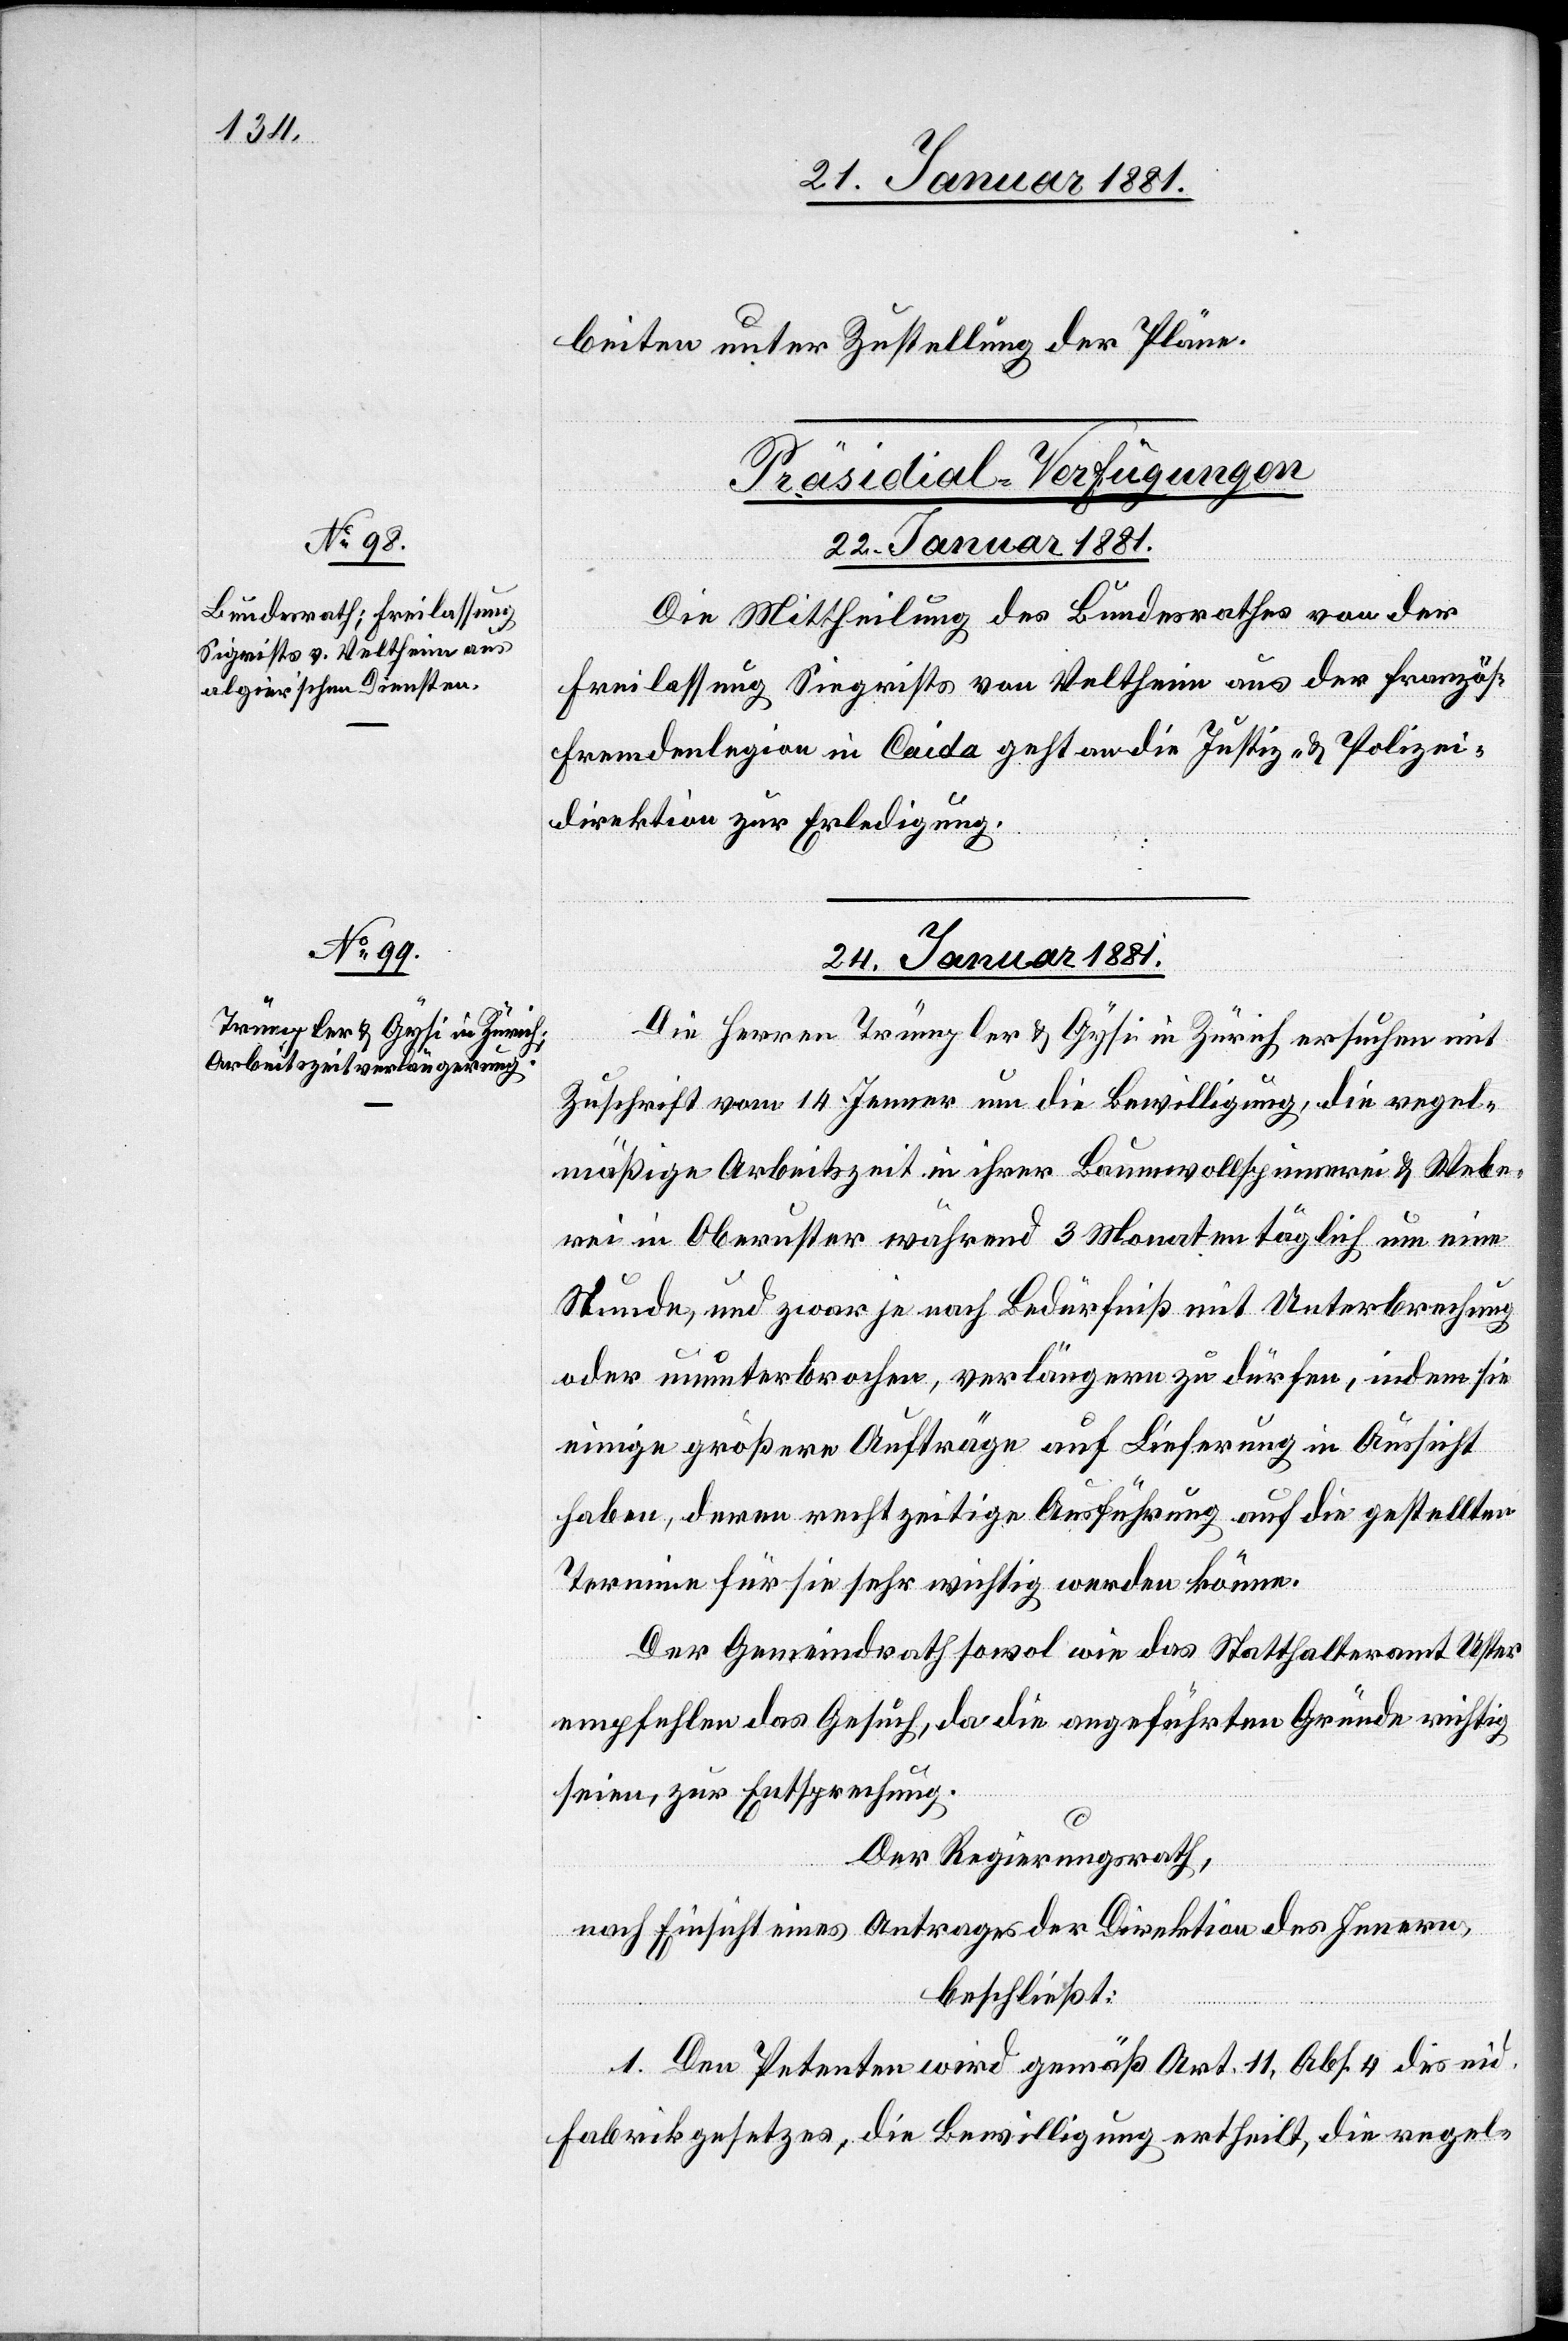
beiten unter Zustellung der Pläne.
[Präsidial-Verfügungen]
22. Januar 1881.
Die Mittheilung des Bundesrathes von der
Freilassung Siegrists von Veltheim aus der französ.
Fremdenlegion in Caida geht an die Justiz- und Polizei¬
direktion zur Erledigung.
24. Januar 1881.
Die Herren Trümpler & Gysi in Zürich ersuchen mit
Zuschrift vom 14. Jenner um die Bewilligung, die regel¬
mäßige Arbeitszeit in ihrer Baumwollspinnerei & Webe¬
rei in Oberuster während 3 Monaten täglich um eine
Stunde, und zwar je nach Bedürfniß mit Unterbrechung
oder ununterbrochen, verlängern zu dürfen, indem sie
einige größere Aufträge auf Lieferung in Aussicht
haben, deren rechtzeitige Ausführung auf die gestellten
Termine für sie sehr wichtig werden könne.
Der Gemeindrath sowol wie das Statthalteramt Uster
empfehlen das Gesuch, da die angeführten Gründe richtig
seien, zur Entsprechung.
Der Regierungsrath,
nach Einsicht eines Antrages der Direktion des Innern,
beschließt:
1. Den Petenten wird gemäß Art. 11, Abs. 4 des eid.
Fabrikgesetzes, die Bewilligung ertheilt, die regel-